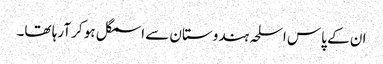
ان کے پاس اسلحہ ہندوستان سے اسمگل ہو کر آرہا تھا۔